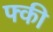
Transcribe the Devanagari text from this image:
फ्की